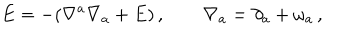
LaTeX: E = - ( \nabla ^ { a } \nabla _ { a } + E ) \, , \qquad \nabla _ { a } = \partial _ { a } + \omega _ { a } \, ,